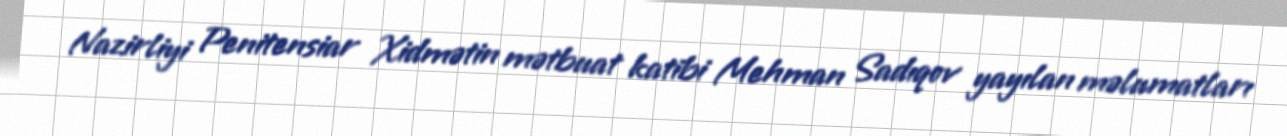
Nazirliyi Penitensiar Xidmətin mətbuat katibi Mehman Sadıqov yayılan məlumatları